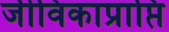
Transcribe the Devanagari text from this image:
जीविकाप्राप्ति